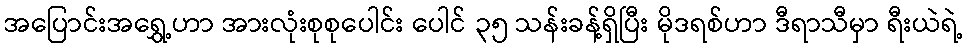
အပြောင်းအရွှေ့ဟာ အားလုံးစုစုပေါင်း ပေါင် ၃၅ သန်းခန့်ရှိပြီး မိုဒရစ်ဟာ ဒီရာသီမှာ ရီးယဲရဲ့